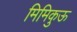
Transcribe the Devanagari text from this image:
मिमिकुऊ